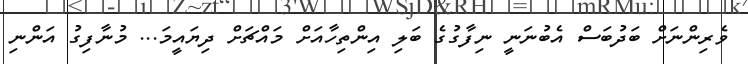
ވެރިންނަށް ބަދުބަސް އެބުނަނީ ނިފާގުގެ ބަލި އިންތިހާއަށް މައްޗަށް ދިޔައީމަ... މުނާފިގު އަންނި